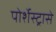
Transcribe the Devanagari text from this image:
पोर्शेस्ट्रासे